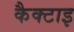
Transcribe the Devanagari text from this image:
कैक्टाइ